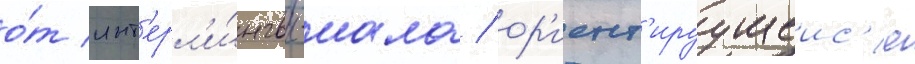
о́т инт'ерл'и́нгвы-иала / ор'иент'ируущеис'я